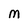
Character: M